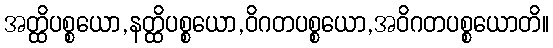
အတ္ထိပစ္စယော,နတ္ထိပစ္စယော,ဝိဂတပစ္စယော,အဝိဂတပစ္စယောတိ။